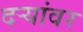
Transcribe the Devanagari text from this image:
दऱ्यांवर